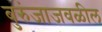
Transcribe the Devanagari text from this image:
बुरुंजाजवळील